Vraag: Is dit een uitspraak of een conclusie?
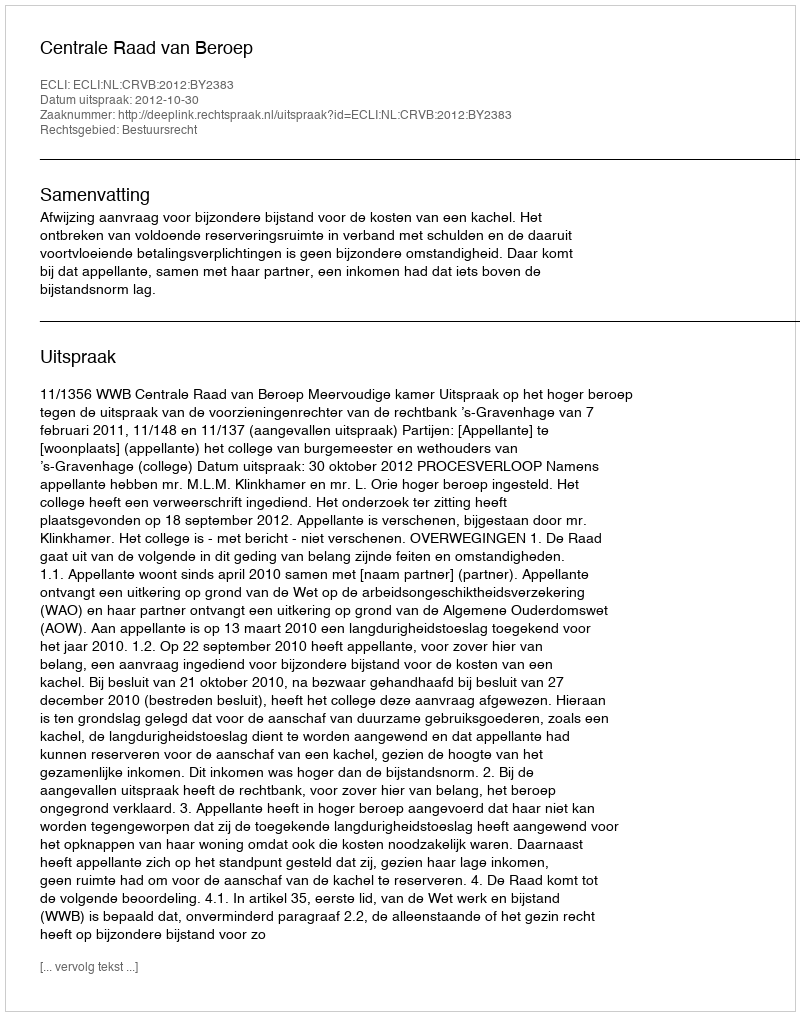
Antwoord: Uitspraak